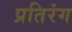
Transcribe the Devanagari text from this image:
प्रतिरंग